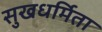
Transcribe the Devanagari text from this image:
सुखधर्मिता